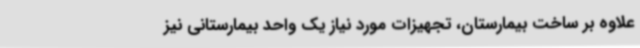
علاوه بر ساخت بیمارستان، تجهیزات مورد نیاز یک واحد بیمارستانی نیز